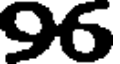
96